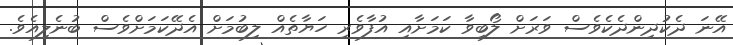
އޭނަ ދެކުދިންދެކެވެސް ވަރަށް ލޯބިވާ ކަމަށާއި އުފާވެރި ހަޔާތެއް ލިބުމަށް އެދޭކަމަށްވެސް ބުނެލިއެވެ.